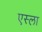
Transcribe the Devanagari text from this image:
एस्ला